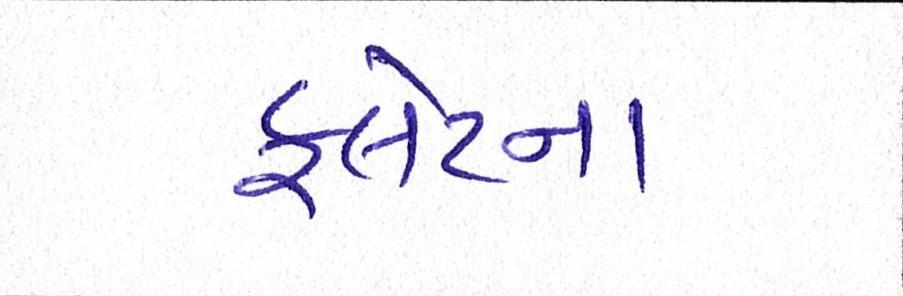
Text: ફ્લેટના